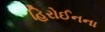
હિરોઈનના